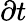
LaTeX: \partial t